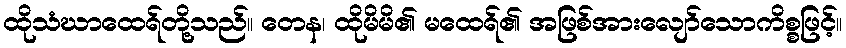
ထိုသံဃာထေရ်တို့သည်။ တေန၊ ထိုမိမိ၏ မထေရ်၏ အဖြစ်အားလျော်သောကိစ္စဖြင့်။